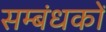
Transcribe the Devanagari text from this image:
सम्बंधकों